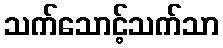
သက်သောင့်သက်သာ